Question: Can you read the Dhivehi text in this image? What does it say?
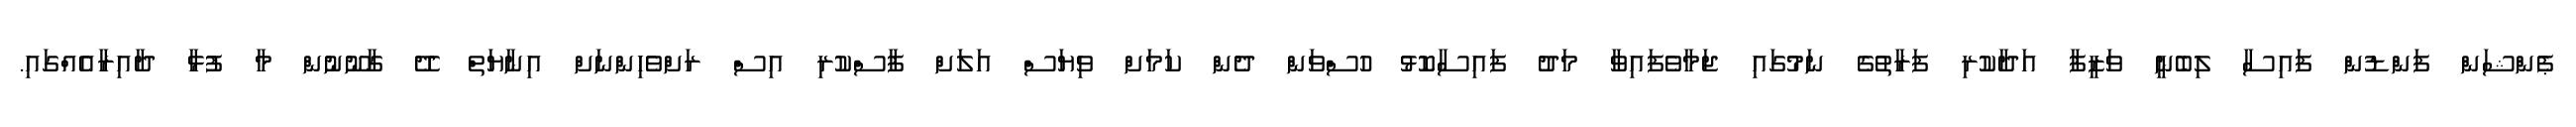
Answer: ޕެންޝަން ފަންޑުން ފައިސާ ލިބެނީ ވަޒީފާ އަދާކުރި ފަރާތުގެ ނަމުގައި ޖަމާވެފައިވާ މަދު ފައިސާކޮޅު ހުސްވަން ދެން ކަމަށް ވިޔަސް އަލަށް ފާސްކުރި އިސް ރަށްވެހިންނަށް އިނާޔަތް ދޭ ގާނޫނުން މާ ފުޅާ ދާއިރާއެއްގައި.